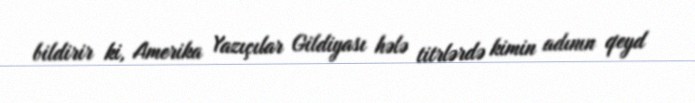
bildirir ki, Amerika Yazıçılar Gildiyası hələ titrlərdə kimin adının qeyd